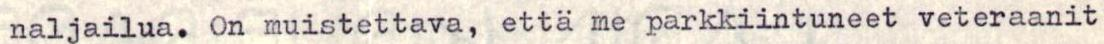
naljailua. On muistettava, että me parkkiintuneet veteraanit